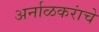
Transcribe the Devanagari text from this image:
अर्नाळकरांचे